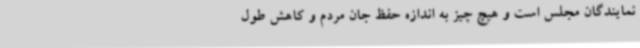
نمایندگان مجلس است و هیچ‌ چیز به‌ اندازه حفظ جان مردم و کاهش طول